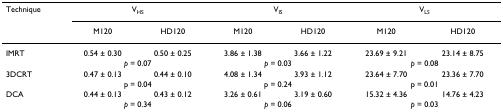
<table><thead><tr><td><b>Technique</b></td><td colspan="2"><b>V<sub>HS</sub></b></td><td colspan="2"><b>V<sub>IS</sub></b></td><td colspan="2"><b>V<sub>LS</sub></b></td></tr><tr><td></td><td><b>M120</b></td><td><b>HD120</b></td><td><b>M120</b></td><td><b>HD120</b></td><td><b>M120</b></td><td><b>HD120</b></td></tr></thead><tbody><tr><td>IMRT</td><td>0.54 ± 0.30</td><td>0.50 ± 0.25</td><td>3.86 ± 1.38</td><td>3.66 ± 1.22</td><td>23.69 ± 9.21</td><td>23.14 ± 8.75</td></tr><tr><td></td><td colspan="2"><i>p </i>= 0.07</td><td colspan="2"><i>p </i>= 0.03</td><td colspan="2"><i>p </i>= 0.08</td></tr><tr><td>3DCRT</td><td>0.47 ± 0.13</td><td>0.44 ± 0.10</td><td>4.08 ± 1.34</td><td>3.93 ± 1.12</td><td>23.64 ± 7.70</td><td>23.36 ± 7.70</td></tr><tr><td></td><td colspan="2">p = 0.04</td><td colspan="2">p = 0.24</td><td colspan="2">p = 0.01</td></tr><tr><td>DCA</td><td>0.44 ± 0.13</td><td>0.43 ± 0.12</td><td>3.26 ± 0.61</td><td>3.19 ± 0.60</td><td>15.32 ± 4.36</td><td>14.76 ± 4.23</td></tr><tr><td></td><td colspan="2"><i>p </i>= 0.34</td><td colspan="2"><i>p </i>= 0.06</td><td colspan="2"><i>p </i>= 0.03</td></tr></tbody></table>